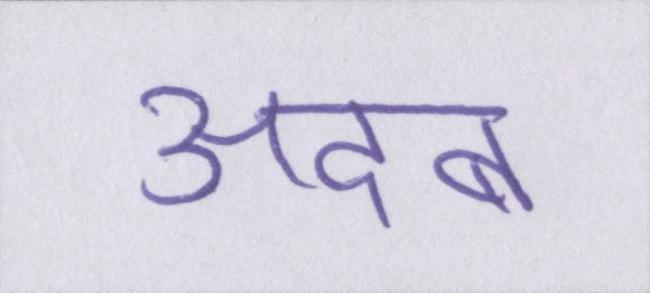
अदब